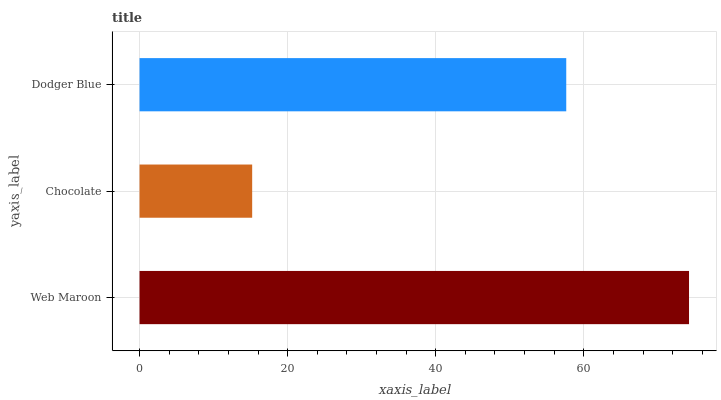
| yaxis_label | bars |
 | --- | --- |
 | Web Maroon | 74.2 |
 | Chocolate | 15.2 |
 | Dodger Blue | 57.6 |